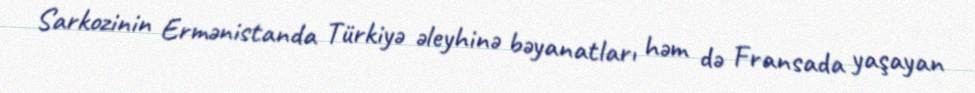
Sarkozinin Ermənistanda Türkiyə əleyhinə bəyanatları həm də Fransada yaşayan